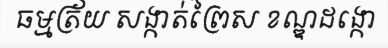
ធម្មត្រ័យ សង្កាត់ព្រៃស ខណ្ឌដង្កោ